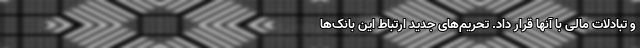
و تبادلات مالی با آنها قرار داد. تحریم‌های جدید ارتباط این بانک‌ها